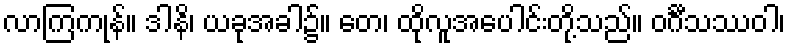
လာကြကုန်။ ဒါနိ၊ ယခုအခါ၌။ တေ၊ ထိုလူအပေါင်းတို့သည်။ ဝင်္ဂီသဿဝါ၊